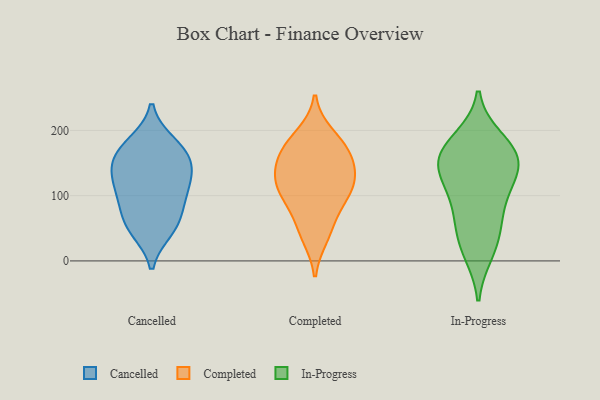
{"axis": {"x": "Churn Rate (%)", "y": "Value"}, "legend": ["Cancelled", "Completed", "In-Progress"], "data": [{"x": "", "y": 152, "type": "Cancelled"}, {"x": "", "y": 156, "type": "Cancelled"}, {"x": "", "y": 83, "type": "Cancelled"}, {"x": "", "y": 178, "type": "Cancelled"}, {"x": "", "y": 120, "type": "Cancelled"}, {"x": "", "y": 47, "type": "Cancelled"}, {"x": "", "y": 50, "type": "Cancelled"}, {"x": "", "y": 62, "type": "Cancelled"}, {"x": "", "y": 112, "type": "Cancelled"}, {"x": "", "y": 181, "type": "Cancelled"}, {"x": "", "y": 154, "type": "Cancelled"}, {"x": "", "y": 130, "type": "Cancelled"}, {"x": "", "y": 99, "type": "Cancelled"}, {"x": "", "y": 174, "type": "Completed"}, {"x": "", "y": 91, "type": "Completed"}, {"x": "", "y": 162, "type": "Completed"}, {"x": "", "y": 38, "type": "Completed"}, {"x": "", "y": 169, "type": "Completed"}, {"x": "", "y": 105, "type": "Completed"}, {"x": "", "y": 53, "type": "Completed"}, {"x": "", "y": 106, "type": "Completed"}, {"x": "", "y": 122, "type": "Completed"}, {"x": "", "y": 192, "type": "Completed"}, {"x": "", "y": 138, "type": "Completed"}, {"x": "", "y": 132, "type": "Completed"}, {"x": "", "y": 159, "type": "In-Progress"}, {"x": "", "y": 134, "type": "In-Progress"}, {"x": "", "y": 98, "type": "In-Progress"}, {"x": "", "y": 66, "type": "In-Progress"}, {"x": "", "y": 163, "type": "In-Progress"}, {"x": "", "y": 176, "type": "In-Progress"}, {"x": "", "y": 113, "type": "In-Progress"}, {"x": "", "y": 56, "type": "In-Progress"}, {"x": "", "y": 24, "type": "In-Progress"}, {"x": "", "y": 186, "type": "In-Progress"}, {"x": "", "y": 153, "type": "In-Progress"}, {"x": "", "y": 13, "type": "In-Progress"}, {"x": "", "y": 141, "type": "In-Progress"}]}